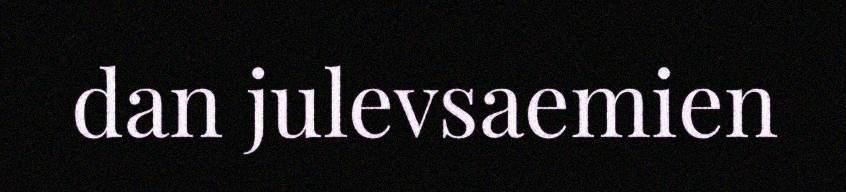
dan julevsaemien